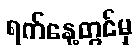
ရက်နေ့တွင်မှ